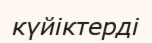
күйіктерді